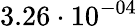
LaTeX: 3.26\cdot 10^{-04}